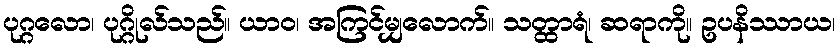
ပုဂ္ဂလော၊ ပုဂ္ဂိုလ်သည်။ ယာဝ၊ အကြင်မျှလောက်။ သတ္ထာရံ၊ ဆရာကို။ ဥပနိဿာယ၊